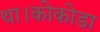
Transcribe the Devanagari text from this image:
था।कोकोडा